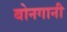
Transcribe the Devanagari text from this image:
बोनगानी